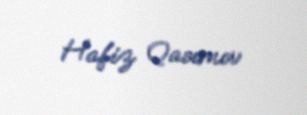
Hafiz Qasımov